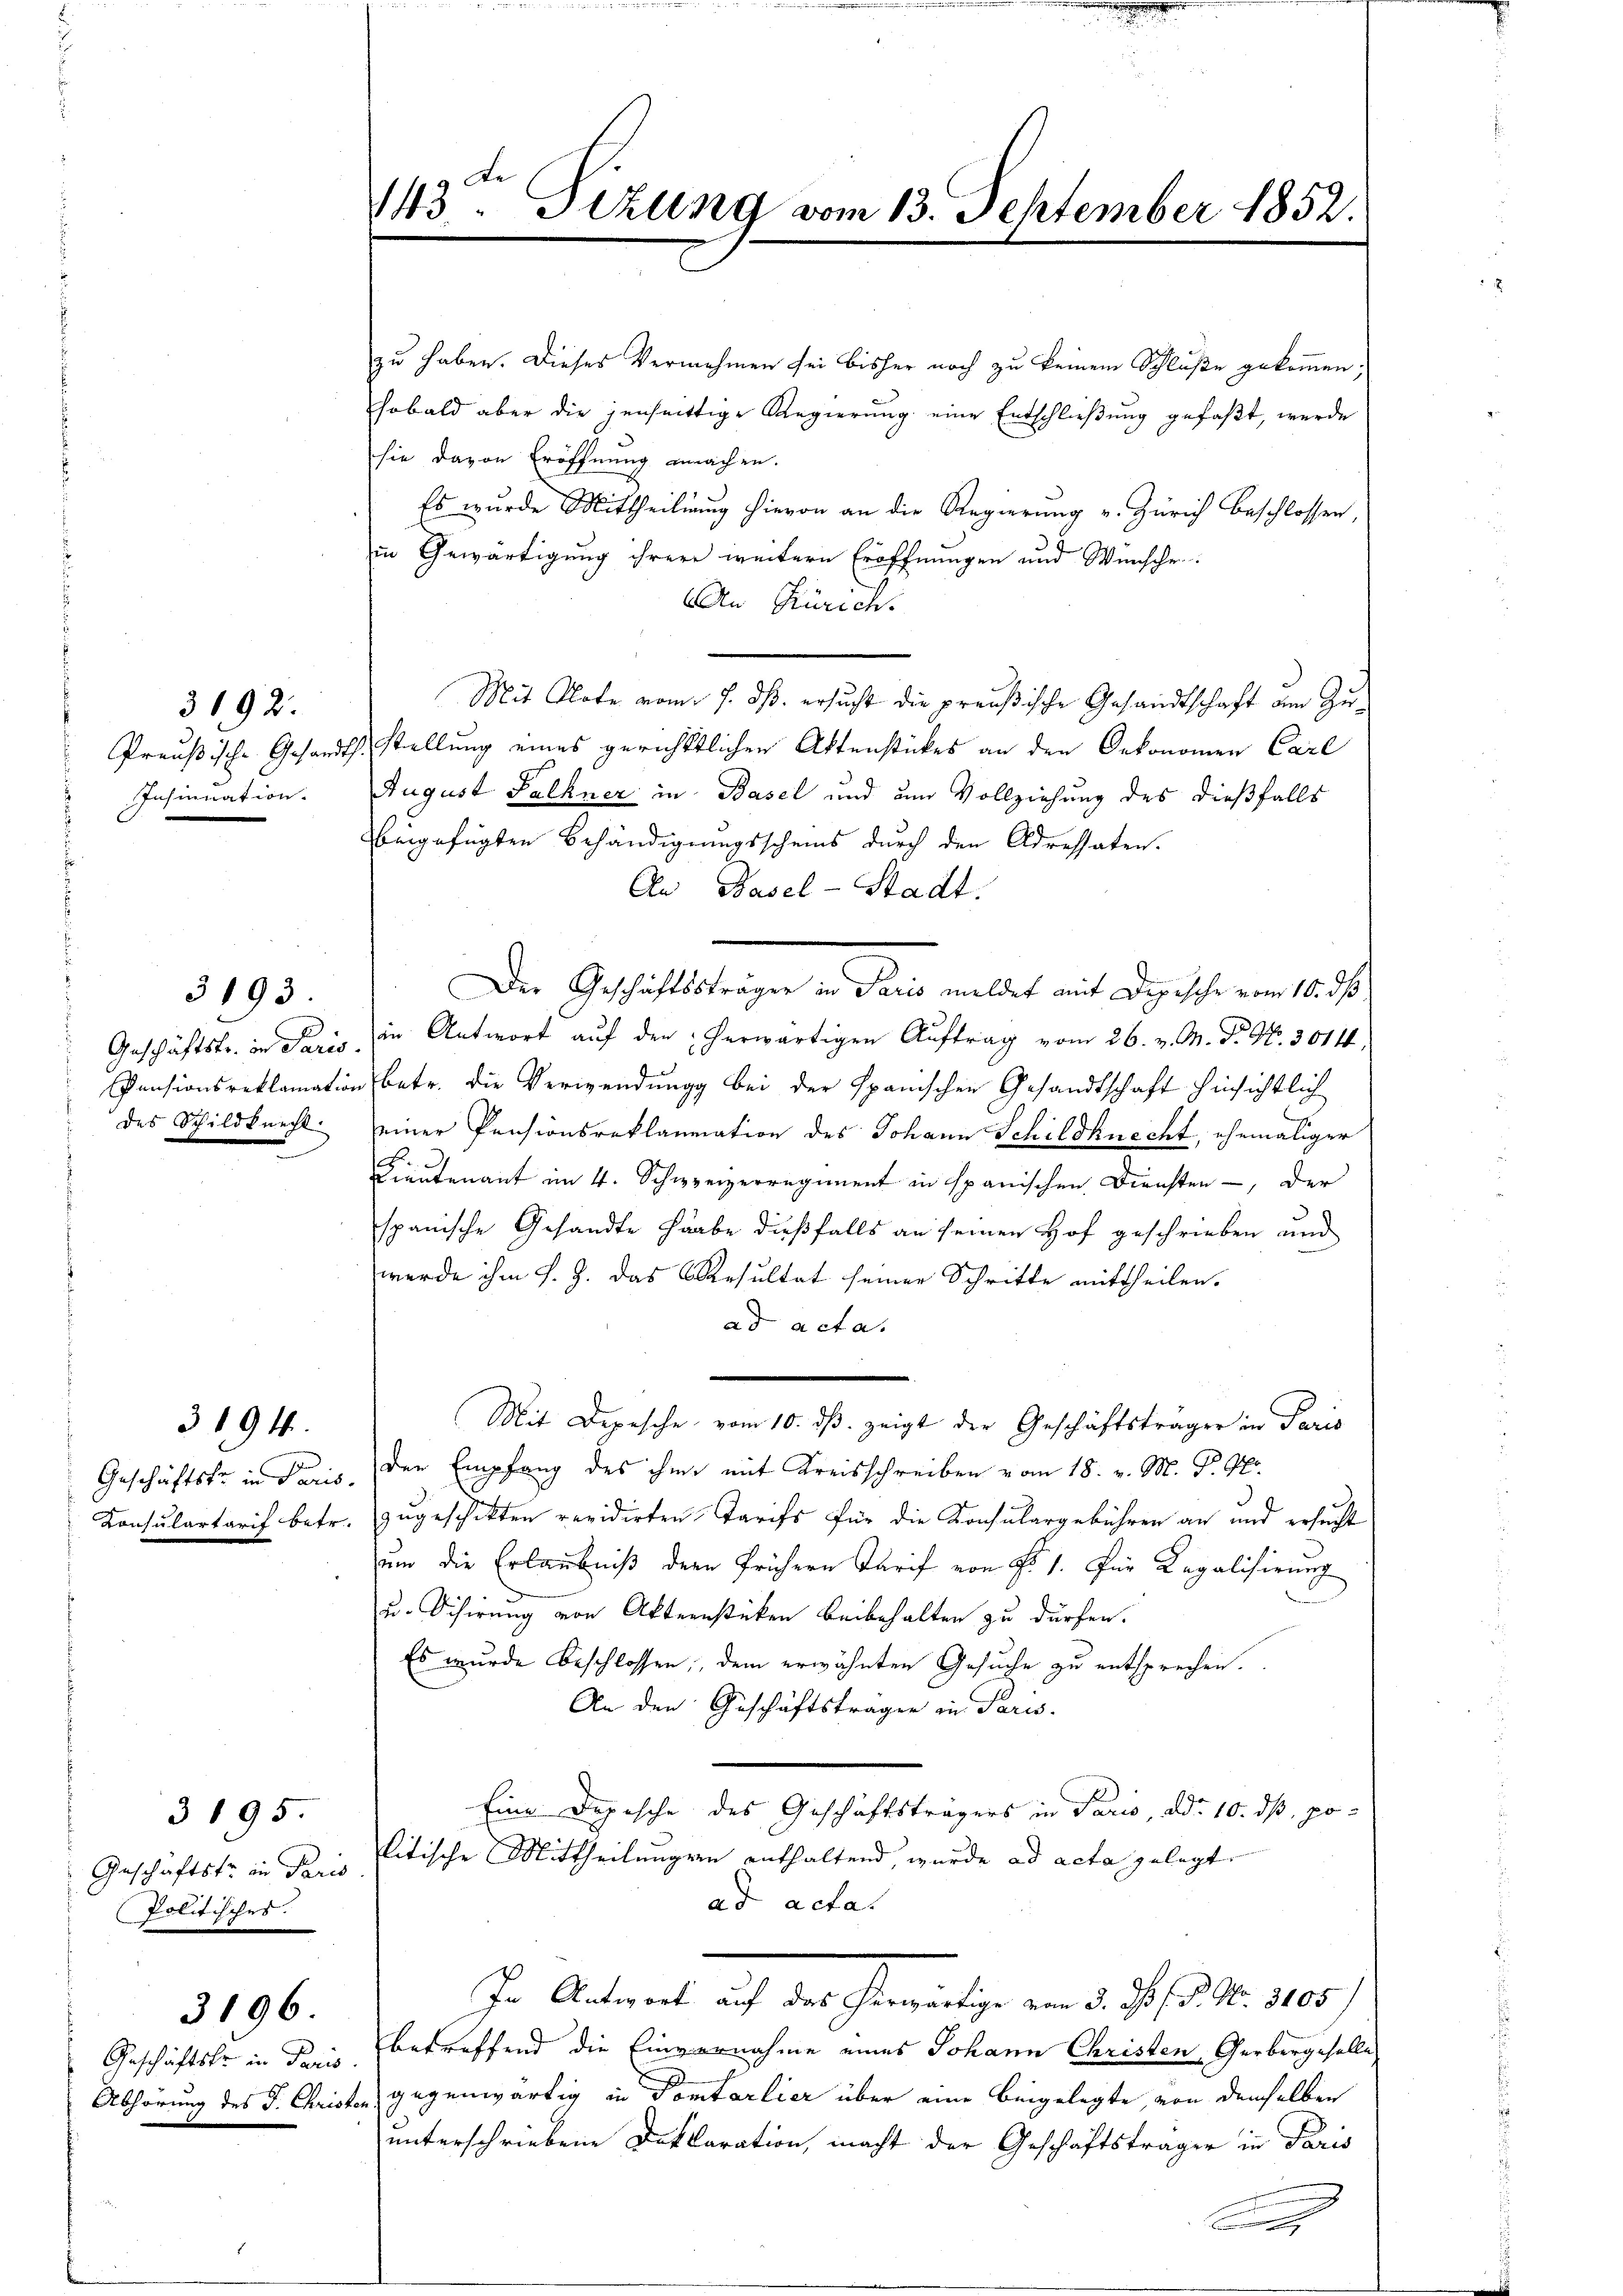
Preußische Gesandt,
Insinuation.

3192.

3193.

Geschäftstr. in Paris.
Pensionsreklamation
des Schildknecht.

3194.

Geschäftsfr. in Paris.
Consulartarif betr.

3195
Geschäftstr in Paris
Politisches.

3196.

Geschäftsfr. in Paris
Abhörung des J. Christe

143. Sizung vom 13. September 1852.

zu haben. Dieses Vernehmen sei bisher noch zu keinem Schluße gekommen.
sobald aber die jenseitige Regierung eine Entschließung gefaßt, werde
sie davon Eröffnung machen.
Es wurde Mittheilung hievon an die Regierung v. Zürich beschlossen
in Gewärtigung ihrere weitern Eröffnungen und Wünsche.
An Zürich.
Mit Klote vom 7. ds. ersucht die preußische Gesandtschaft am Zustellung eines gerichtlichen Aktenstückes an den Oekonomen Carl
August Falkner in Basel und um Vollziehung des dießfalls
beigefügten Behändigungsscheins durch den Adressaten.
An Basel-Stadt.
Der Geschäftssträger in Paris meldet mit Depesche vom 10. ds
in Antwort auf den herwärtigen Auftrag vom 26. v. M. Dr. No. 30114.
betr. die Verwendung bei der Spanischen Gesandtschaft hinsichtlich
einer Pensionsreklamation des Johann Schildknecht, ehemaliger
Lieutenant im 4. Schweizerregiment in spanischen Diensten -, der
spanische Gesandte Haabe dießfalls an seinen Hof geschrieben und
werde ihm s. Z. das Resultat seiner Schritte mittheilen.
ad acta.
Mit Depesche vom 10. ds. zeigt der Geschäftsträger in Paris
der Empfang des ihm mit Kreisschreiben vom 18. v. M. D. Pro
zugeschikten revidirten Tarifs für die Konsulargebühren an und ersucht
uum die Erlaubniß der frühern Tarif von Nr. 1. für Legalisirung
u. Schirung von Aktenstücken beibehalten zu dürfen.
Es wurde beschlossen dem erwähnten Gesuche zu entsprechen.
An den Geschäftstragen in Paris.
Eine Depesche des Geschäftsträgers in Paris, ddo. 10. dß politische Mittheilungen enthaltend, wurde ad acta gelegt
ad acta.
In Antwort auf das herwärtige vom 3. ds. f. P. Nr. 3105)
betreffend die Einvernahme eines Johann Christen, Gerbergeselle
gegenwärtig in Pontarlier über eine beigelegte von demselben
unterschriebene Deklaration, macht der Geschäftsträger in Paris

e